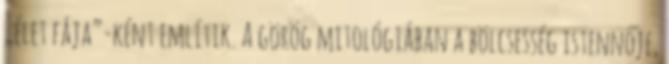
„élet fája”-ként említik. A görög mitológiában a bölcsesség istennője,